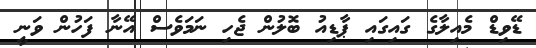
ޑޭވިޑް މެއިލާގެ ގައިގައި ޕާޑިއު ބޮލުން ޖެހި ނަމަވެސް އޭނާ ފަހުން ވަނީ